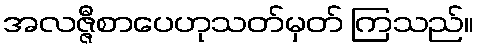
အလဇ္ဇီစာပေဟုသတ်မှတ် ကြသည်။